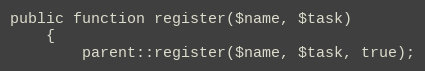
Language: PHP
public function register($name, $task)
    {
        parent::register($name, $task, true);